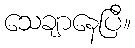
သေချာနေပြီ။